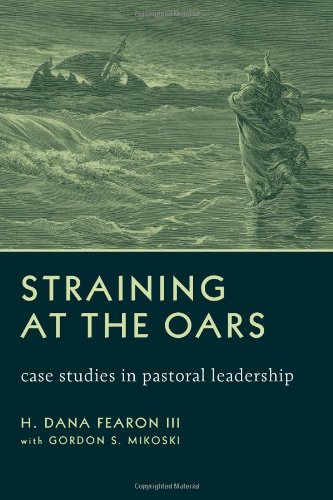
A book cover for Straining at the Oars: Case Studies in Pastoral Leadership; H. Dana Fearon III; Christian Books & Bibles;